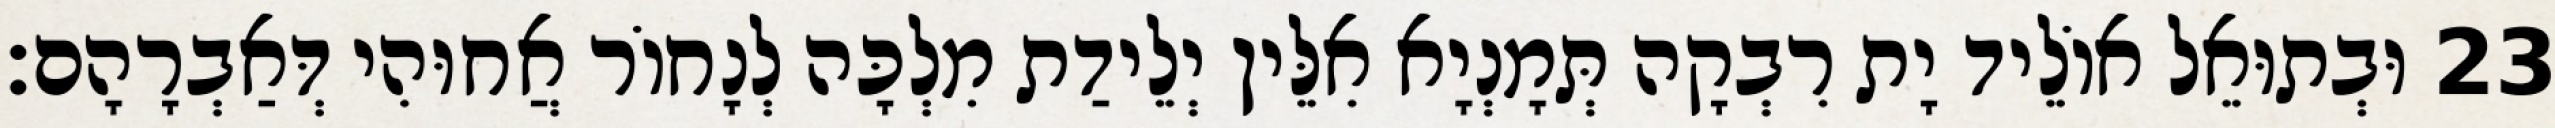
23 וּבְתוּאֵל אוֹלֵיד יָת רִבְקָה תְּמָנְיָא אִלֵּין יְלֵידַת מִלְכָּה לְנָחוֹר אֲחוּהִי דְּאַבְרָהָם׃